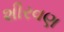
શીરવણ